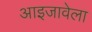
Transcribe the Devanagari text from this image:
आइजावेला